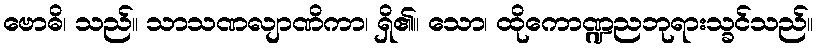
ဗောဓိ၊ သည်။ သာသဏလျာဏိကာ၊ ရှိ၏။ သော၊ ထိုကောဏ္ဍညဘုရားသ္ခင်သည်။